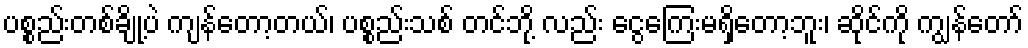
ပစ္စည်းတစ်ချို့ပဲ ကျန်တော့တယ်၊ ပစ္စည်းသစ် တင်ဘို့ လည်း ငွေကြေးမရှိတော့ဘူး၊ ဆိုင်ကို ကျွန်တော်